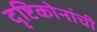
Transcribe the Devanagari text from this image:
दृष्टिकोनांची